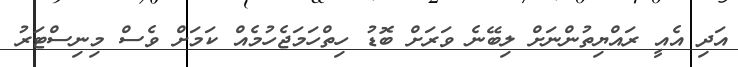
އަދި އެއީ ރައްޔިތުންނަށް ލިބޭނެ ވަރަށް ބޮޑު ހިތްހަމަޖެހުމެއް ކަމަށް ވެސް މިނިސްޓަރު